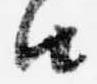
由